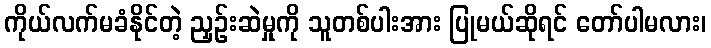
ကိုယ်လက်မခံနိုင်တဲ့ ညှဉ်းဆဲမှုကို သူတစ်ပါးအား ပြုမယ်ဆိုရင် တော်ပါမလား၊